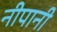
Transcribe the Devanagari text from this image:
नीपानी